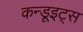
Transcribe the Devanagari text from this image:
कन्डूइट्स